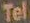
Tel